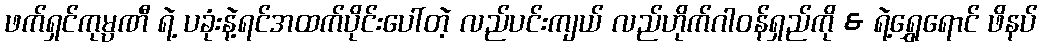
ဖက်ရှင်ကုမ္ပဏီ ရဲ့ ပခုံးနဲ့ရင်အထက်ပိုင်းပေါ်တဲ့ လည်ပင်းကျယ် လည်ဟိုက်ဂါဝန်ရှည်ကို & ရဲ့ရွှေရောင် ဖိနပ်